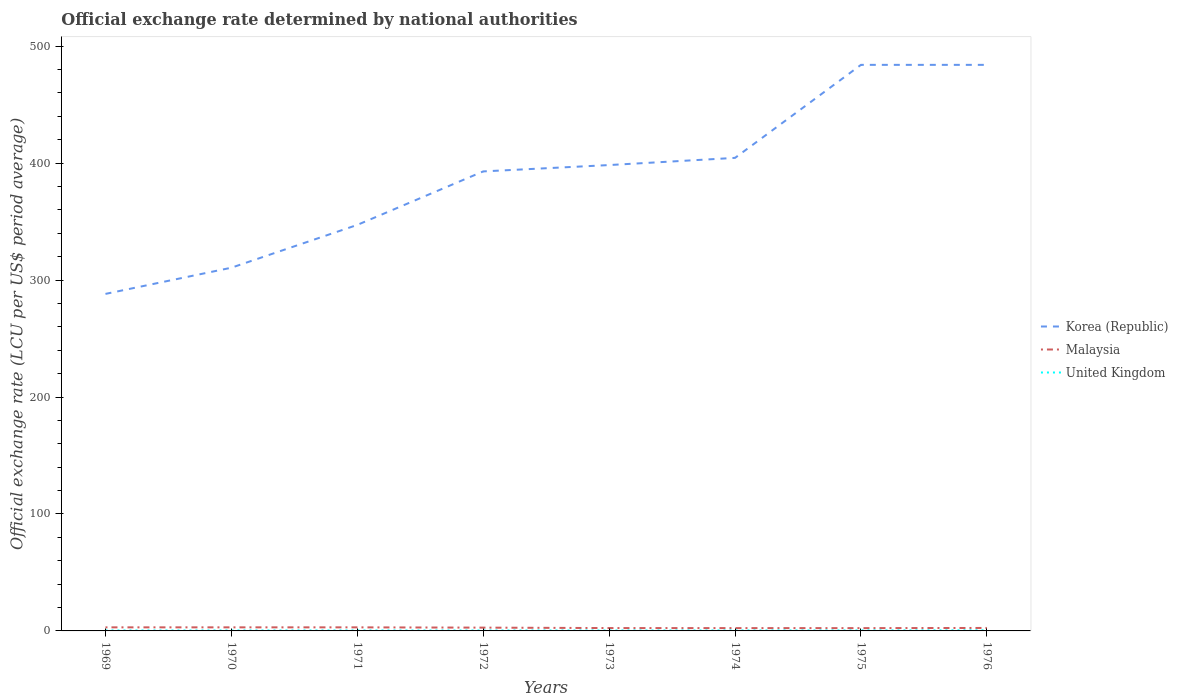
| Years | Korea (Republic) | Malaysia | United Kingdom |
 | --- | --- | --- | --- |
 | 1969 | 288 | 3.06 | 0.417 |
 | 1970 | 311 | 3.06 | 0.417 |
 | 1971 | 347 | 3.05 | 0.411 |
 | 1972 | 393 | 2.82 | 0.4 |
 | 1973 | 398 | 2.44 | 0.408 |
 | 1974 | 404 | 2.41 | 0.428 |
 | 1975 | 484 | 2.39 | 0.452 |
 | 1976 | 484 | 2.54 | 0.557 |